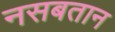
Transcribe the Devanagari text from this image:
नसबतान